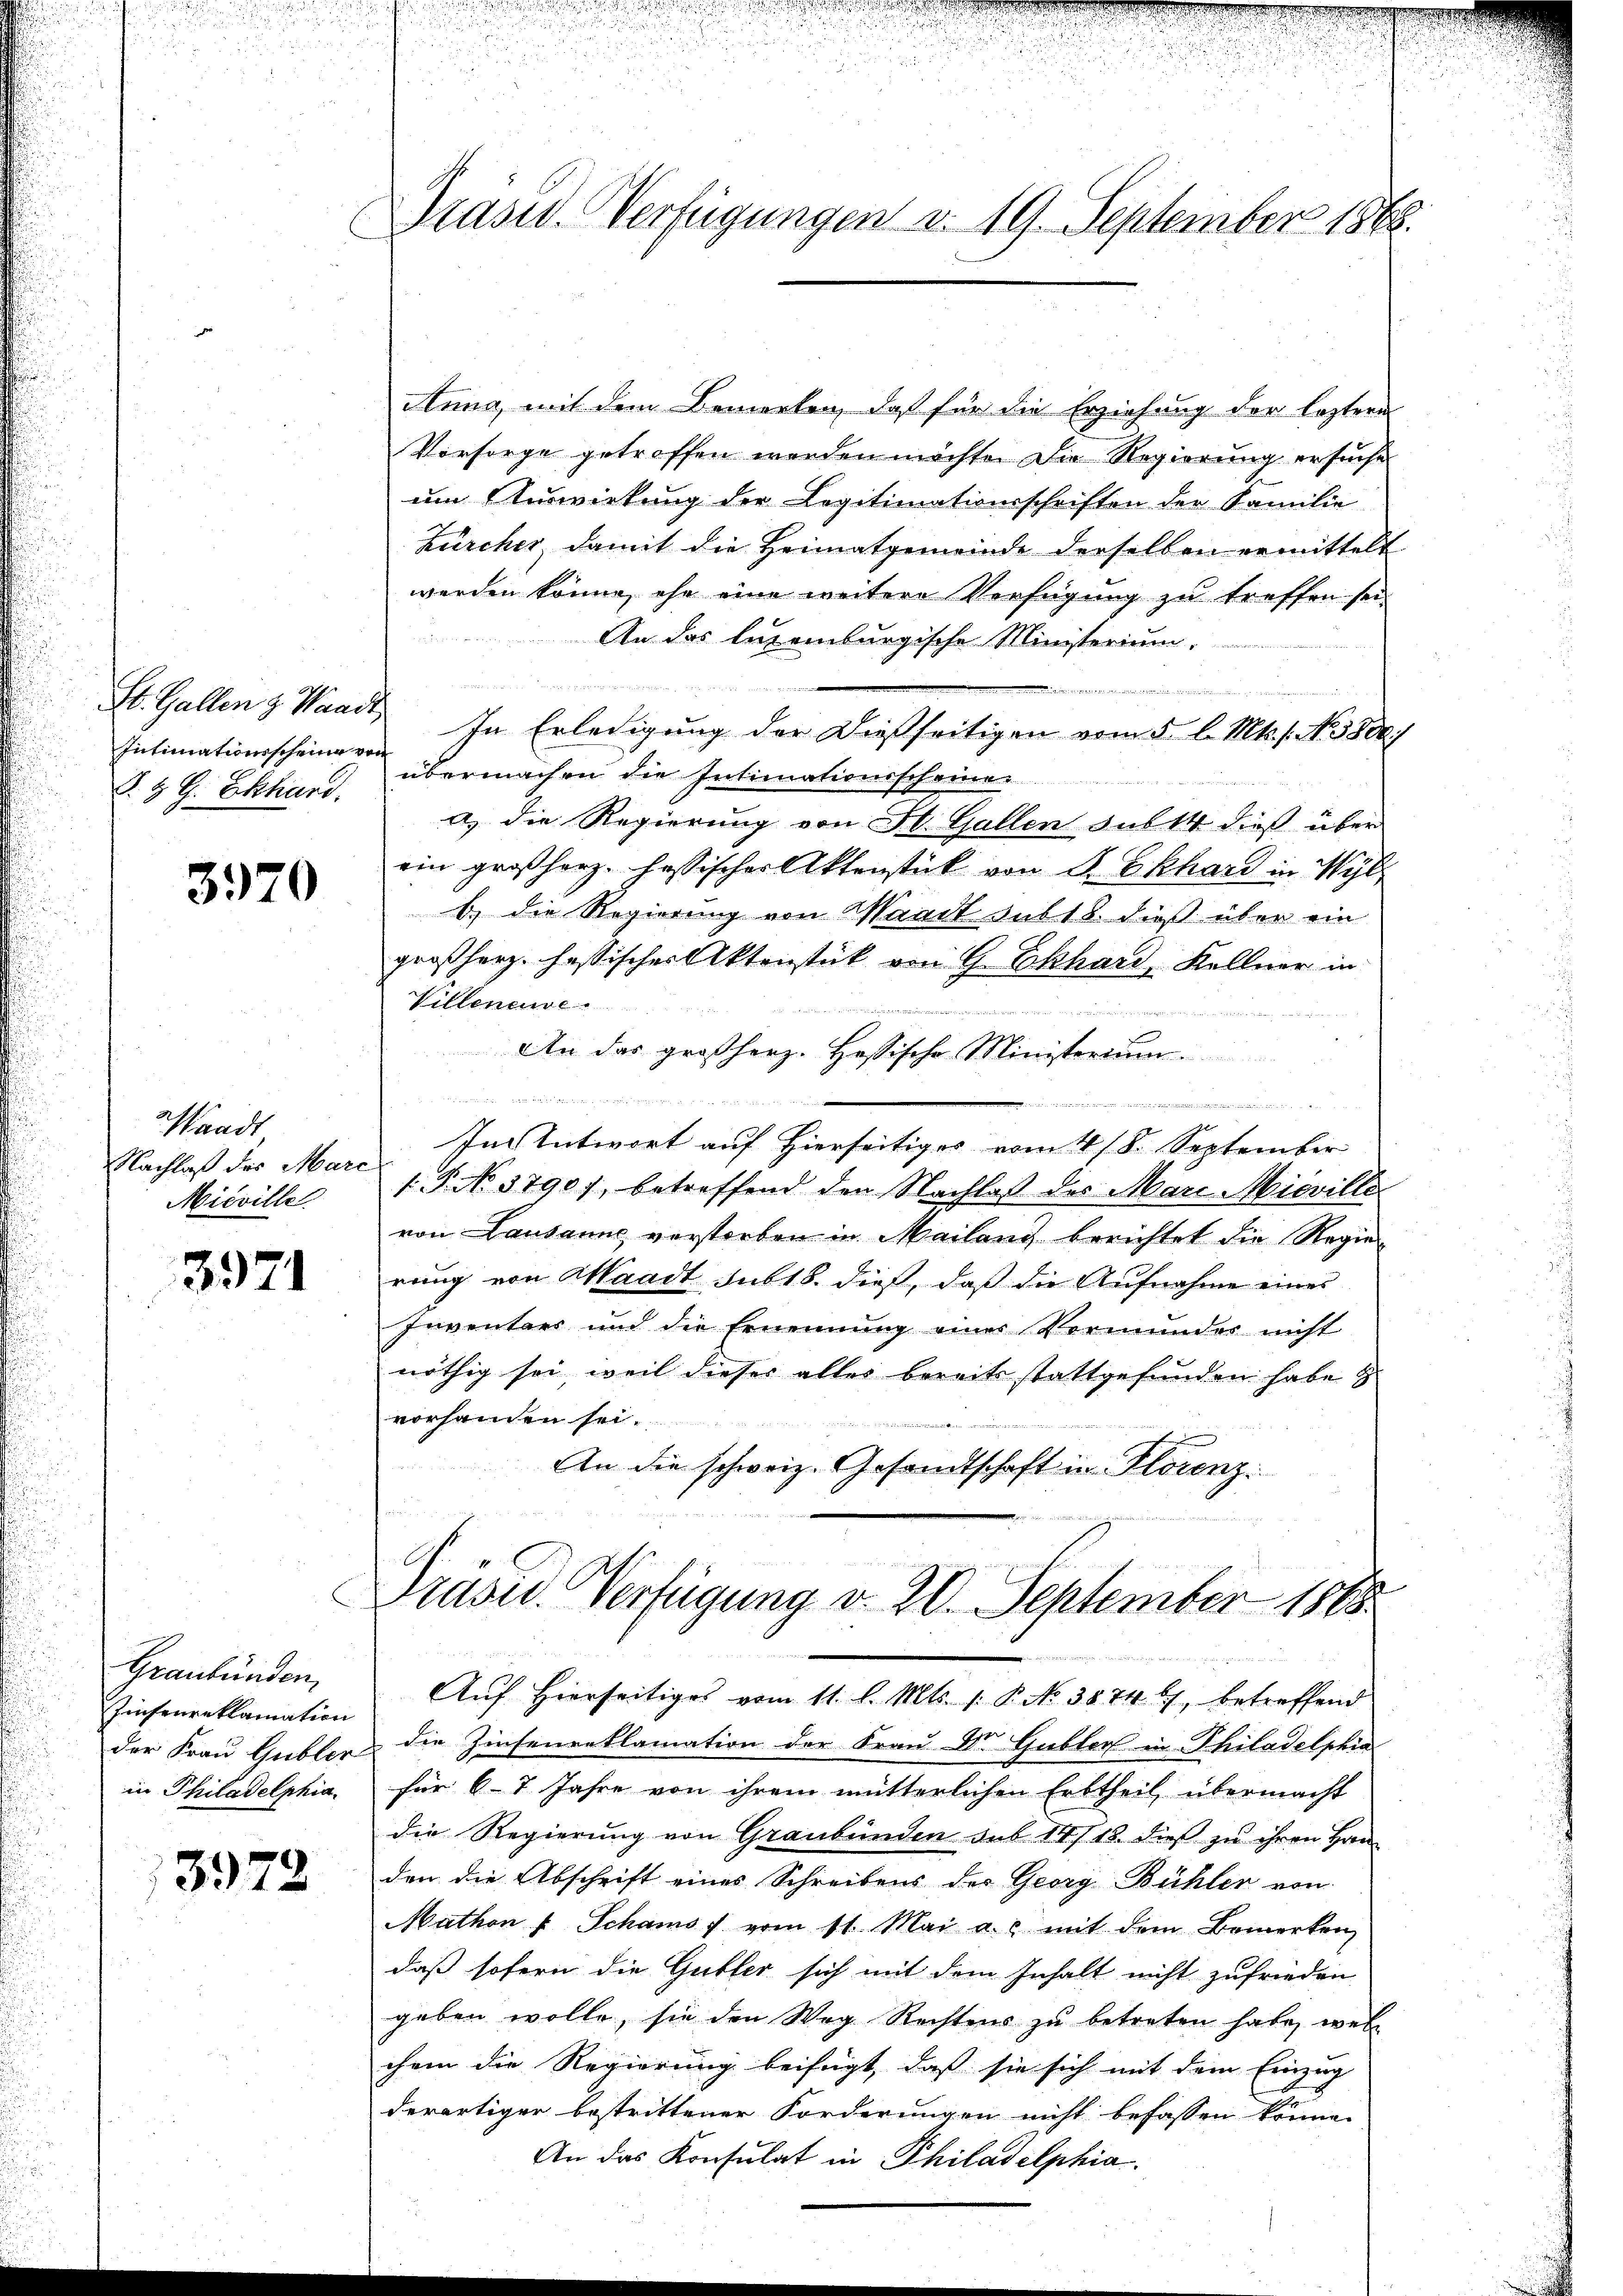
Intimationsscheine von
B. H. G. Eckhard.

3970

Waadt
Nachlaß des Marc
Mieville

3971

Graubünden,
Zinsenreklamation
in Philadelphia

3972

Präsid. Verfügungen v. 19. September 1848.

Anna, mit dem Bemerken, daß für die Erziehung der leztere
Vorsorge getroffen werden möchte. Die Regierung ersuche
um Auswirkung der Legitimationsschriften der Familie
Zürcher, damit die Heimatgemeinde derselben ermittelt
werden könne, ehe eine weitere Verfügung zu treffen sei.
 h e g die ich einen finde
An das luzernburgische Ministerium.
n zu dem
St. Gallen & Waadt. In Erledigung der Dießseitigen vom 5 l. Mts. s. No. 1884)
übermachen die Intimationsschonen
a) die Regierung von St. Gallen sub 14 dieß über
ein großherz hessischer Aktenstück von Sr. Ekhard in Wyl
b.) die Regierung von Waadt subt dieß über ein
großherz. hastischer Aktenstück von G. Eckhard, Kellner in
Villenen
beiten mit de
An das großherz. Hassische Ministerium.

Im Antwort auf Hierseitiges vom 11 18. September
1.P. No 3790), betreffend den Nachlaβ des Marc Misville
von Lausanne verstorben in Mailang berichtet die Regierung von Waadt sub 18. dieß, daß die Aufnahme eines
Inventars und die Ernennung eines Vormunder nicht
nöthig sei, weil dieses alles bereits stattgefunden habe
vorhanden sei.
An die schweiz. Gesandtschaft in Florenz
rus unters

E
Pravid Verfügung v. 20. September 1888.
und

Aŭf Hierseitiges vom 11. l. Mts. 1. P. No. 38746), betreffend
der Frau Gubler die Zinsenreklamation der Frau Dr. Gubler in Philadelphia
für 67 Jahre von ihrem mütterlichen Erbtheil übermacht
die Regierung von Graubünden sub 14/18. dieß zu ihren Handen die Abschrift eines Schreibens der Georg Bühler von
Mathon " Schams vom 11. Mai a.c. mit dem Bemerken
daß sofern die Gubler sich mit dem Inhalt nicht zufrieden
geben wolle, sie den Weg Rechtens zu betreten habe, wel
chem die Regierung beifügt, daß sie sich mit dem Einzug
derartiger bestrittener Forderungen nicht befassen könne.
An das Konsulat in Philadelphia